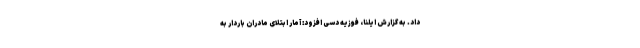
داد. به گزارش ایلنا، فوزیه دسی افزود: آمار ابتلای مادران باردار به